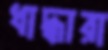
ধাদ্ধারা